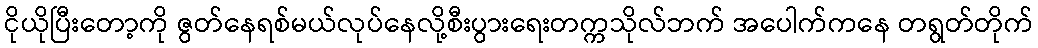
ငိုယိုပြီးတော့ကို ဇွတ်နေရစ်မယ်လုပ်နေလို့စီးပွားရေးတက္ကသိုလ်ဘက် အပေါက်ကနေ တရွတ်တိုက်